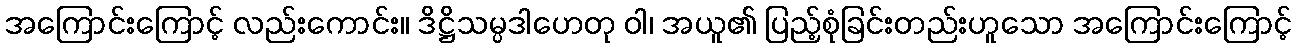
အကြောင်းကြောင့် လည်းကောင်း။ ဒိဋ္ဌိသမ္ပဒါဟေတု ဝါ၊ အယူ၏ ပြည့်စုံခြင်းတည်းဟူသော အကြောင်းကြောင့်